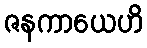
ဇနကာယေဟိ